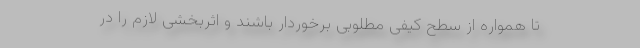
تا همواره از سطح کیفی مطلوبی برخوردار باشند و اثربخشی لازم را در